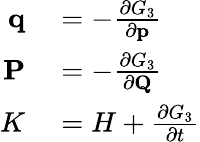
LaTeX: \begin{array}{rl}{\mathbf{q}}&{{}=-{\frac{\partial G_{3}}{\partial\mathbf{p}}}}\\ {\mathbf{P}}&{{}=-{\frac{\partial G_{3}}{\partial\mathbf{Q}}}}\\ {K}&{{}=H+{\frac{\partial G_{3}}{\partial t}}}\end{array}